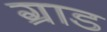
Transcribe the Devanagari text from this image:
ग्राड